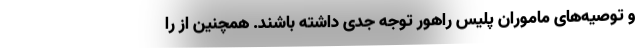
و توصیه‌های ماموران پلیس راهور توجه جدی داشته باشند. همچنین از را